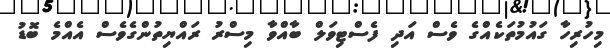
މިހުރިހާ ގައުމުތަކެއްގެ ވެސް އަދި ފެސްޓިވަލް ބާއްވާ މިސްރު ރައްޔިތުންގެވެސް އެއްމެ ބޮޑު